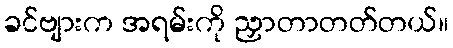
ခင်ဗျားက အရမ်းကို ညှာတာတတ်တယ်။